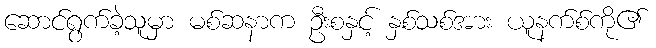
ဆောင်ရွက်ခဲ့သူမှာ မစ်ဆနာက ဦးစနှင့် နှစ်သစ်အား ယူနက်စ်ကို၏